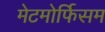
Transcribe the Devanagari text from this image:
मेटमोर्फिसम